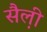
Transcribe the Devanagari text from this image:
सैल़ी